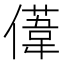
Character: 𫣤